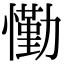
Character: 懄